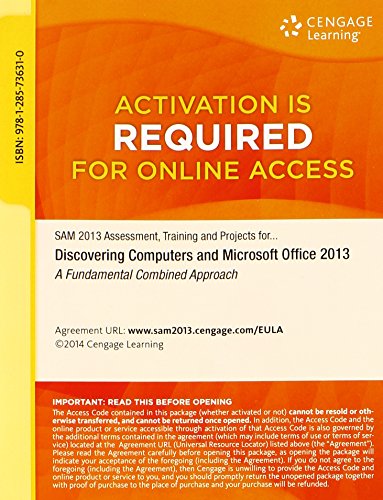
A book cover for SAM 2013 Assessment, Training and Projects with MindTap Reader for Discovering Computers & Microsoft Office 2013: A Fundamental Combined Approach Printed Access Card; Misty E. Vermaat; Computers & Technology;